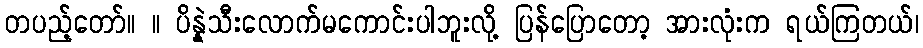
တပည့်တော်။ ။ ပိန္နဲသီးလောက်မကောင်းပါဘူးလို့ ပြန်ပြောတော့ အားလုံးက ရယ်ကြတယ်၊